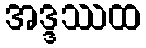
အဒ္ဒဿထ